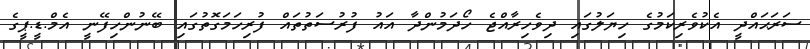
ސަރަޙައްދީ އެކުވެރިކަމުގެ ހިޔަލުގައި ދިވެހިރާއްޖެ ހޯދަމުންދާ އައު ފުރުސަތުތައް ފުރިހަމަގޮތުގައި ބޭނުންހިފޭނީ އެމް.ޑީ.ޕީގެ